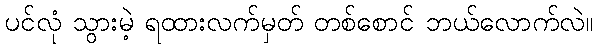
ပင်လုံ သွားမဲ့ ရထားလက်မှတ် တစ်စောင် ဘယ်လောက်လဲ။